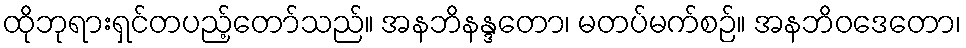
ထိုဘုရားရှင်တပည့်တော်သည်။ အနဘိနန္ဒတော၊ မတပ်မက်စဉ်။ အနဘိဝဒေတော၊